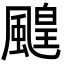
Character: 䬖